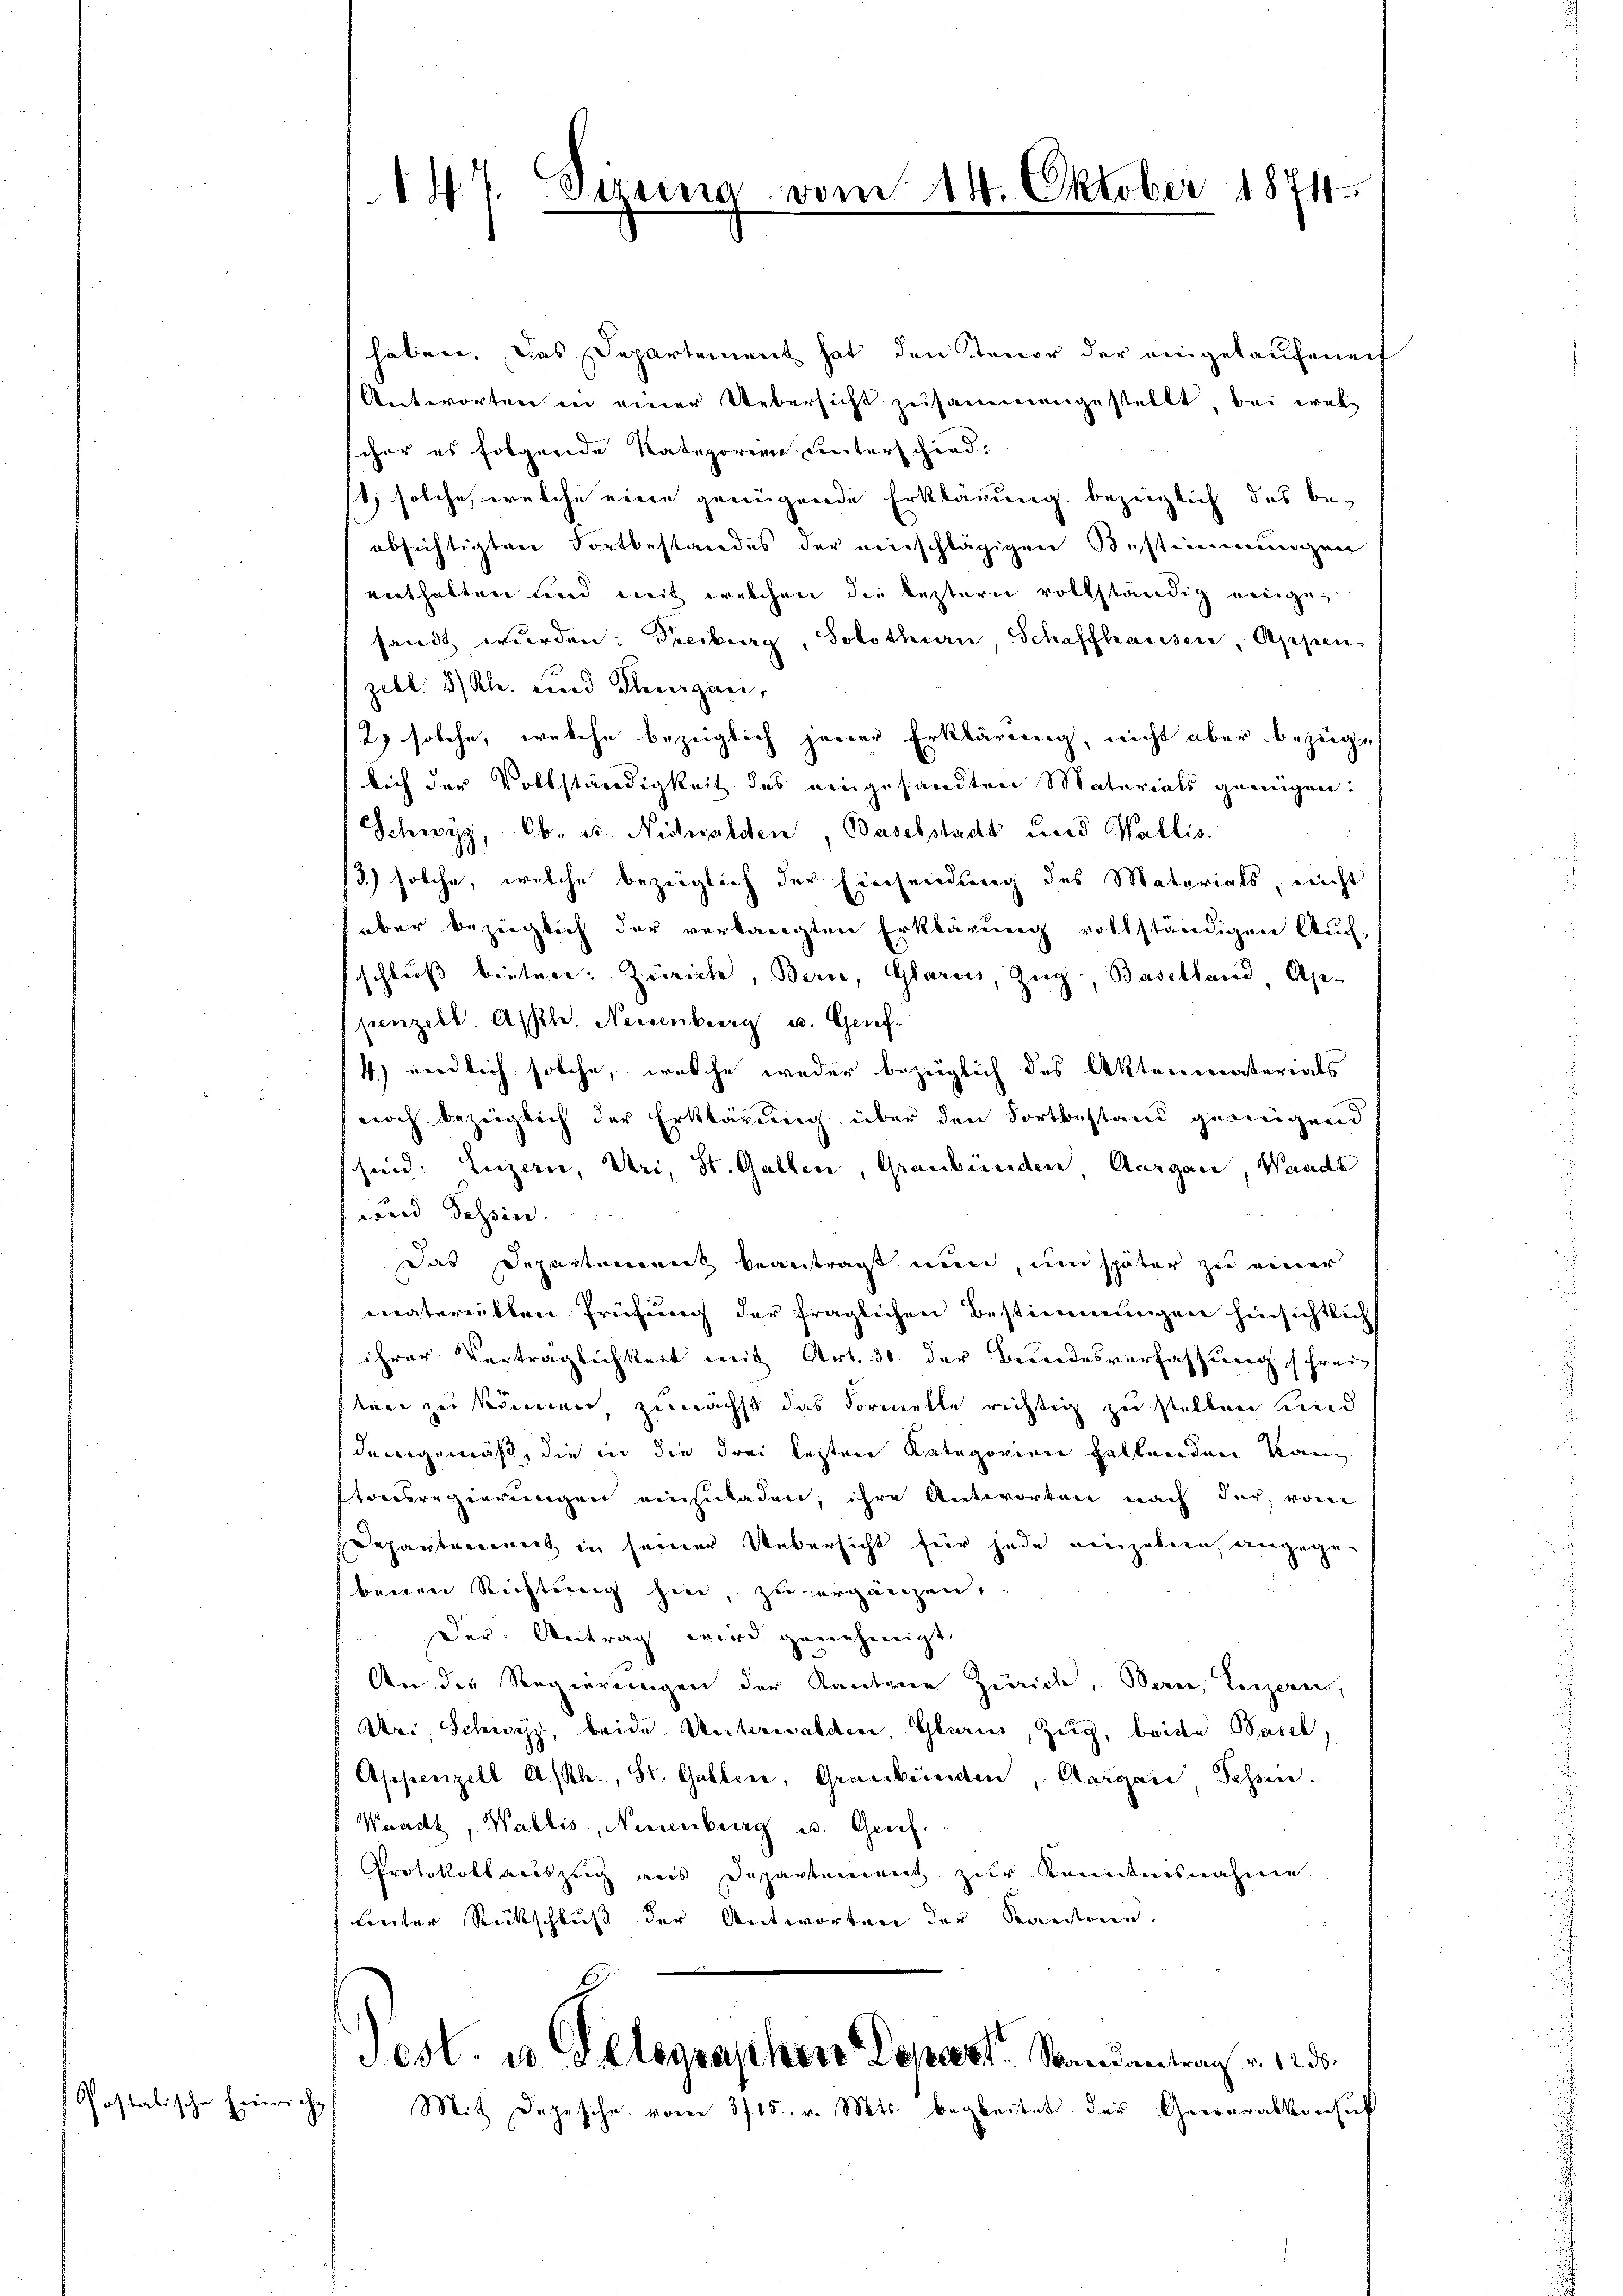
Postalische Heinricht

147. Sigrina vom 14. Oktober 1874.

haben. Das Departement hat den Tenor der eingekaufenen
Antworten in einer Uebersicht zusammengestellt, bei welcher es folgende Kategorien unterschied:
st, solche, welche eine genügende Erklärung bezüglich das bei
absichtigten Fortbestandes der einschlägigen Bestimmungen
enthalten und mit welchen die leztern vollständig einigen
sandt wurden: Treiburg, Solothurn, Schaffhausen, Appen-
zebl. 8/Rh. und Thurgau,
2 solche, welche bezüglich jener Erklärung, nicht aber bezüge
lich der Vollständigkeit des eingesandten Materials genügen:
Schwyz, Ob- u. Nichwalden, Baselstadt und Wallis.
3.) solche, welche bezeiglich der Einsendung des Materials, nicht
aber bezüglich der verlangten Erklärung vollständigen Auf-
schluß bieter: Zürich, Berie, Glarus, Zug, Baselland, Ape-
penzell. Asphe. Neuenburg u. Genf¬
4.) endlich solche, welche weder bezüglich des Aktenmaterials
noch bezeiglich der Erklärung über den Fortbestand genügend
s sind: Luzern, Uri, St. Gallen, Graubünden Aargau, Waadt
und Tessin.
Das Departementel beantragt nun, und später zu einer
materietten Prüfung der fraglichen Bestimmungen hinsichtlich
ihrer Verträglichkeit mit Art. 31. der Bundesverfassung schreisten zu können, zunächst das Formelle richtig zu stellen und
demgemäß, die in die drei lezten Kategorien haltenden kann
Etoresregierungen einzuladen, ihre Antworten nach der, vom
Departement in seiner Uebersicht für jede einzellen, angegen
benen Richtung hin, zu ergänzen,
Der Antrag wird genehmigt.
An die Regierungen der Kantone Zürich, Bern, Luzern,
Dr. Schwyz, beide Unterwalden, Glarus, Zug, beiste Basel,
Appenzell A/Rh., St. Gallen, Graubünden, Aargau, Schen,
Waadt, Wallis, Neuenburg u. Genf.
Protokoll auszug aus Departement zŭr Kenntnisnahme.
linter Rückschluß der Antworten der Kantone.

Post. u. Gelegraphen Depart. Randantrag v. 125.
Mit Depesche vom 3715. v. Mts. begleitet der Generalkonsuf